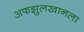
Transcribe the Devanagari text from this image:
अफझुलखानला